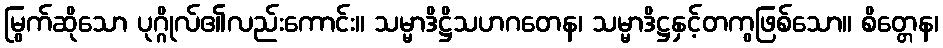
မြွက်ဆိုသော ပုဂ္ဂိုလ်၏လည်းကောင်း။ သမ္မာဒိဋ္ဌိသဟဂတေန၊ သမ္မာဒိဋ္ဌနှင့်တကွဖြစ်သော။ စိတ္တေန၊